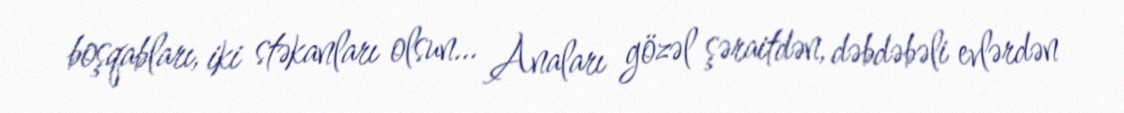
boşqabları, iki stəkanları olsun... Anaları gözəl şəraitdən, dəbdəbəli evlərdən